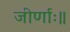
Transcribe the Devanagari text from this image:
जीर्णाः॥